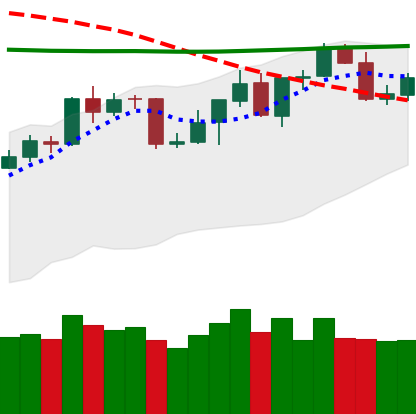
Ticker: BNB-USD
Chart end date: 2020-04-22
Forward return: 4.907%
Label: up_3_5